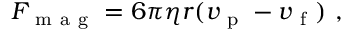
F _ { \mathrm { ~ m ~ a ~ g ~ } } = 6 \pi \eta r ( v _ { \mathrm { ~ p ~ } } - v _ { \mathrm { ~ f ~ } } ) \mathrm { ~ , ~ }